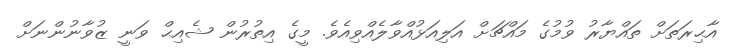
އާޙިރަތަށް ތައްޔާރު ވުމުގެ މައްޗަށް އަލިއަޅުއްވާލެއްވިއެވެ. މީގެ އިތުރުން ޝެއިޙް ވަނީ ޒުވާނުންނަށް